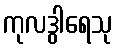
ကုလဒွါရေသု